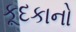
કૂદકાનો